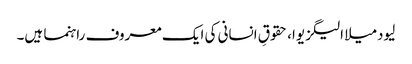
لیودمیلا الیگزیوا، حقوقِ انسانی کی ایک معروف راہنما ہیں۔